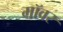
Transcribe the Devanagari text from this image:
मॉवर